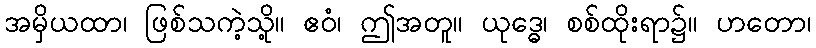
အမှိယထာ၊ ဖြစ်သကဲ့သို့။ ဧဝံ၊ ဤအတူ။ ယုဒ္ဓေ၊ စစ်ထိုးရာ၌။ ဟတော၊